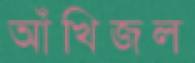
আঁখিজল